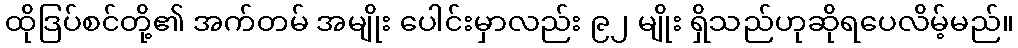
ထိုဒြပ်စင်တို့၏ အက်တမ် အမျိုး ပေါင်းမှာလည်း ၉၂ မျိုး ရှိသည်ဟုဆိုရပေလိမ့်မည်။